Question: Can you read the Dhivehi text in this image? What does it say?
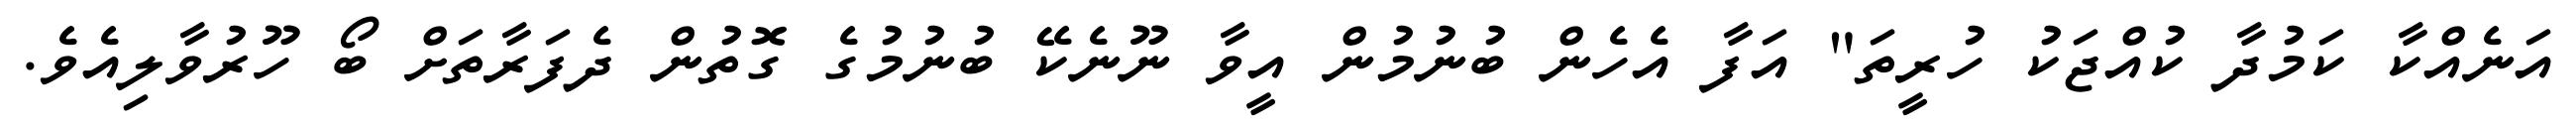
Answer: އަނެއްކާ ކަމުދާ ކުއްޖަކު ހުރީތަ" އަފާ އެހެން ބުނުމުން އީވާ ނޫނެކޭ ބުނުމުގެ ގޮތުން ދެފަރާތަށް ބޯ ހޫރުވާލިއެވެ.